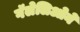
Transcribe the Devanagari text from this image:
गॅलेलिओने